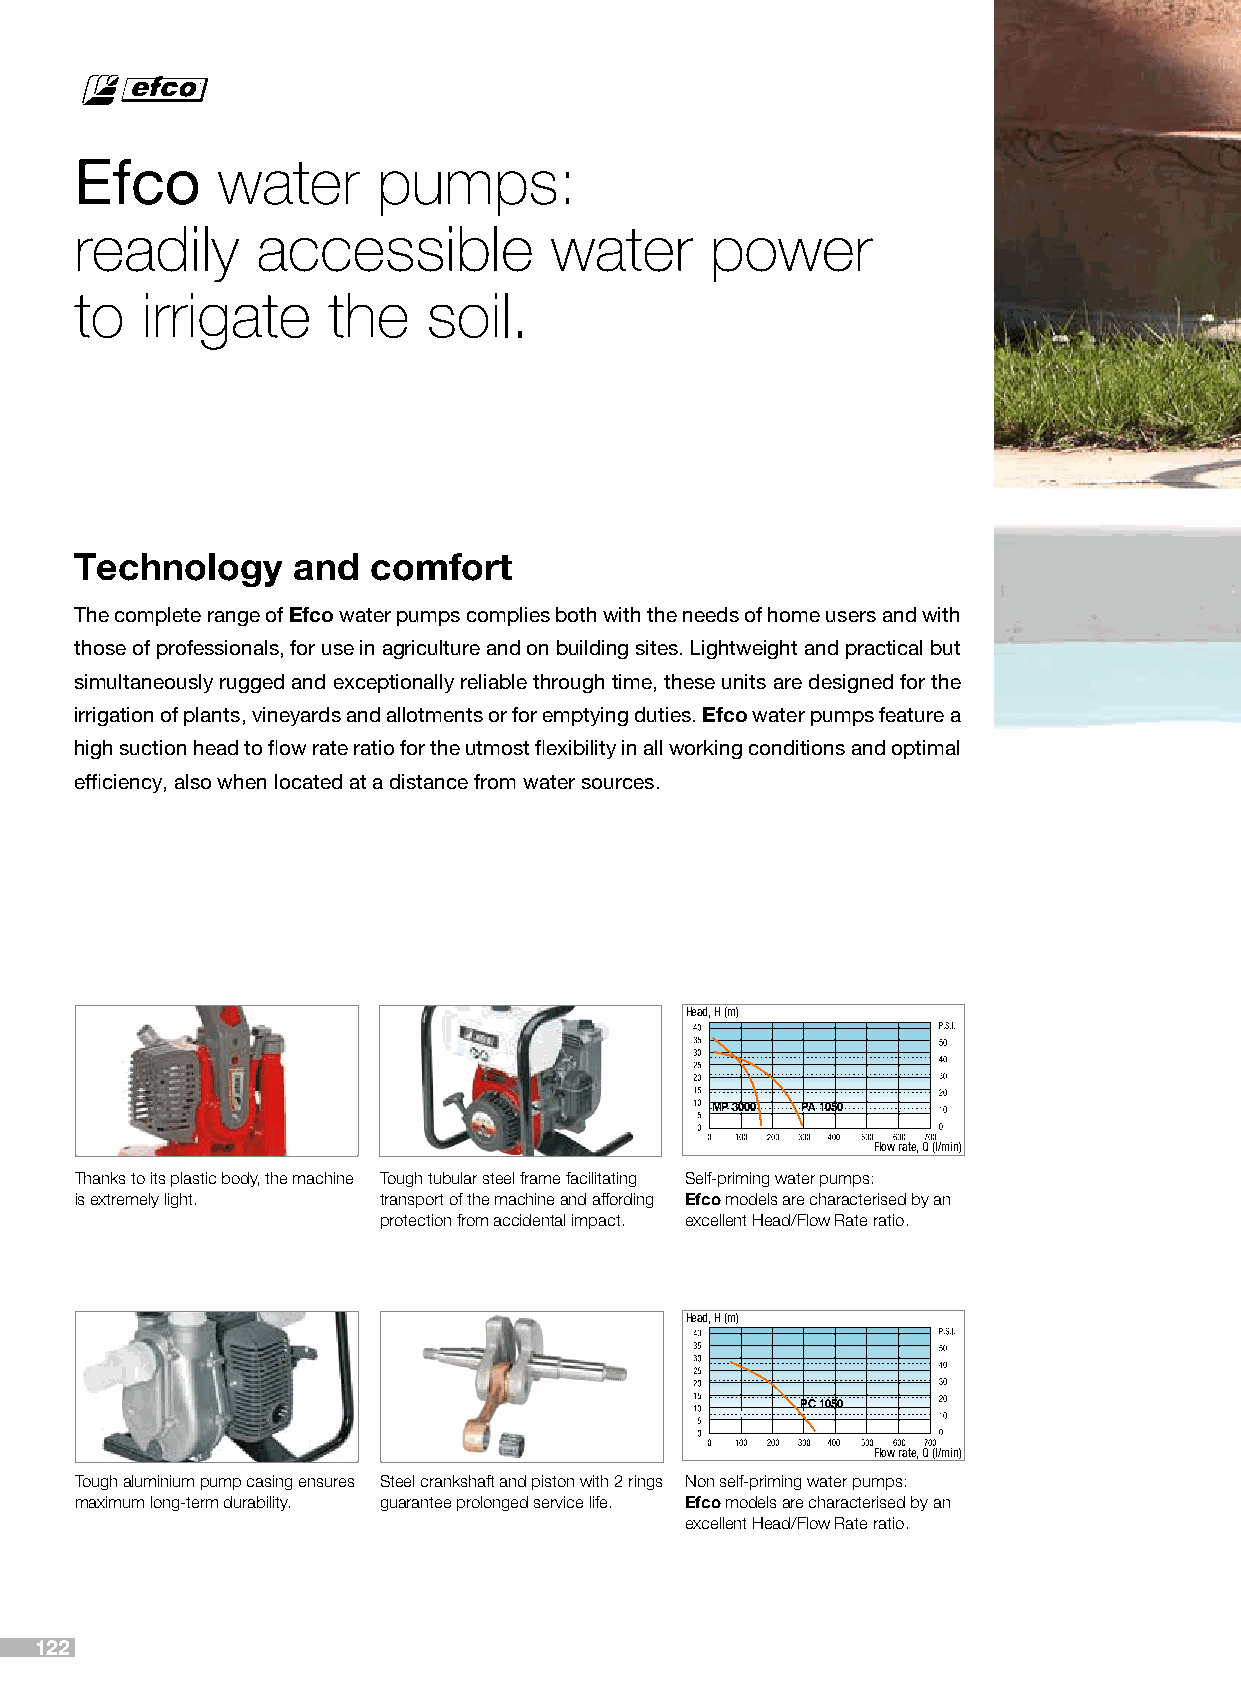
Efco     water      pumps:
 readily     accessible         water      power
 to  irrigate     the   soil.
 Technology    and   comfort
 The complete range of Efco water pumps complies both with the needs of home users and with
 those of professionals, for use in agriculture and on building sites. Lightweight and practical but
 simultaneously rugged and exceptionally reliable through time, these units are designed for the
 irrigation of plants, vineyards and allotments or for emptying duties. Efco water pumps feature a
 high suction head to flow rate ratio for the utmost flexibility in all working conditions and optimal
 efficiency, also when located at a distance from water sources.
 Head, H (m)
 MP 3000 PA 1050
 Flow rate, Q (l/min)
 Thanks to its plastic body, the machine Tough tubular steel frame facilitating Self-priming water pumps:
 is extremely light. transport of the machine and affording Efco models are characterised by an
 protection from accidental impact. excellent Head/Flow Rate ratio.
 Head, H (m)
 PC 1050
 Flow rate, Q (l/min)
 Tough aluminium pump casing ensures Steel crankshaft and piston with 2 rings Non self-priming water pumps:
 maximum long-term durability. guarantee prolonged service life. Efco models are characterised by an
 excellent Head/Flow Rate ratio.
 122